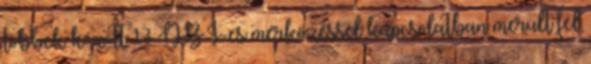
többek között 13 NB I-es mérkőzéssel kapcsolatban merült fel